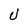
Character: U